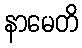
နာမေတိ